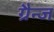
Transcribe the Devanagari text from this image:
ग्रैन्ज